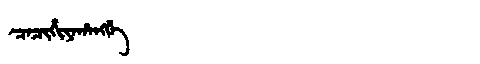
Manchu: ᠴᠠᠴᡳᡥᡳᠶᠠᡥᠠᠩᡤᡝ
Romanization: CACIHIYAHANGGE